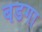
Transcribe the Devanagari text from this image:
बडगा